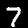
Label: 7